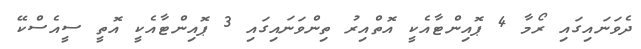
ދެވަނައިގައި ރޯމާ 4 ޕޮއިންޓާއެކީ އޮތްއިރު ތިންވަނައިގައި 3 ޕޮއިންޓާއެކީ އޮތީ ސީއެސްކޭ